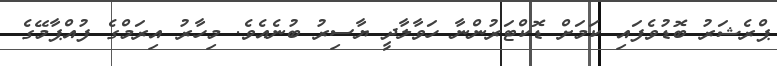
ޕްރެޝަރު ބޮޑުވެފައި ކަމަށް ޑޮކްޓަރުންނާ ހަވާލާދީ ޔާސިރު ބުނެއެވެ. މިހާރު އިރަމްގެ ފުއްޕާމޭގެ